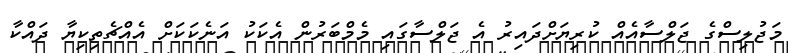
މަޖުލިސްގެ ޖަލްސާއެއް ކުރިޔަށްދައިރު އެ ޖަލްސާގައި މެމްބަރުން އެކަކު އަނެކަކަށް އެއްޗެތިކިޔާ ދައްކާ